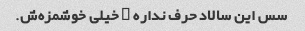
سس این سالاد حرف نداره … خیلی خوشمزه‌ش.